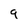
Character: 9